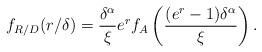
LaTeX: \begin{align*}f_{R/D}(r / \delta) = \frac{\delta^{\alpha}}{\xi}e^{r} f_{A}\left(\frac{(e^r-1)\delta^{\alpha}}{\xi}\right).\end{align*}